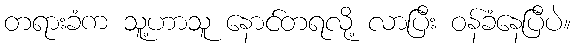
တရားခံက သူ့ဟာသူ နောင်တရလို့ လာပြီး ဝန်ခံနေပြီပဲ။